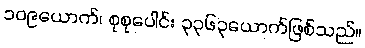
၁၀၉ယောက်၊ စုစုပေါင်း ၃၃၆၃ယောက်ဖြစ်သည်။